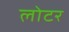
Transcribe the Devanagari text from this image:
लोटर